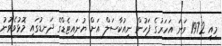
މިއީ 1972 ވަނަ އަހަރުގެ ފަހުން ނިއުކާސަލް އަށް ޔުނައިޓެޑްގެ ދަނޑުގައި މޮޅުވެވުނު